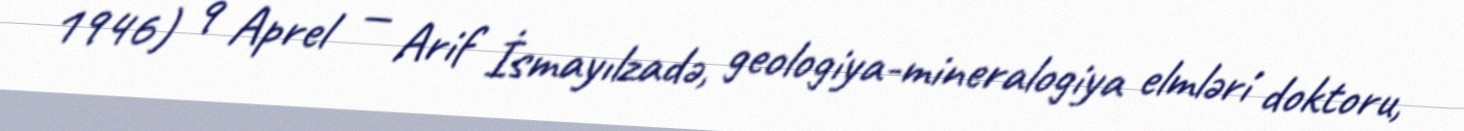
1946) 9 Aprel — Arif İsmayılzadə, geologiya-mineralogiya elmləri doktoru,